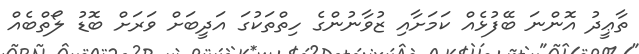
ތާޢީދު އޮންނަ ބޭފުޅެއް ކަމަށާއި ޒުވާނުންގެ ހިތްތަކުގަ އަދީބަށް ވަރަށް ބޮޑު ލޯތްބެއް